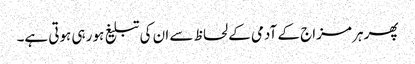
پھر ہر مزاج کے آدمی کے لحاظ سے ان کی تبلیغ ہو رہی ہوتی ہے۔